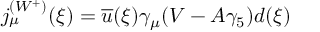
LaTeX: j _ { \mu } ^ { ( W ^ { + } ) } ( \xi ) = \overline { { u } } ( \xi ) \gamma _ { \mu } ( V - A \gamma _ { 5 } ) d ( \xi )